Preparation of a safe and efficient antirabic vaccine - Number 44
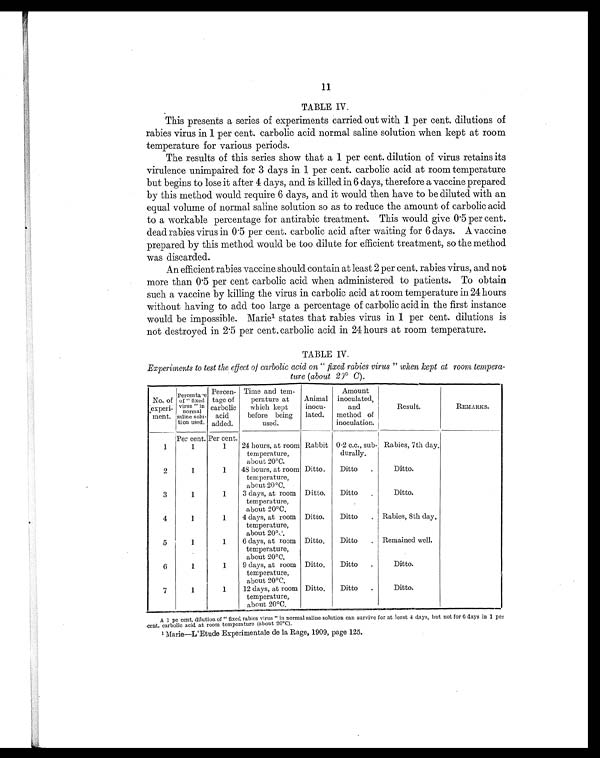
11
TABLE IV.
This presents a series of experiments carried out with 1 per cent. dilutions of
rabies virus in 1 per cent. carbolic acid normal saline solution when kept at room
temperature for various periods.
The results of this series show that a 1 per cent. dilution of virus retains its
virulence unimpaired for 3 days in 1 per cent. carbolic acid at room temperature
but begins to lose it after 4 days, and is killed in 6 days, therefore a vaccine prepared
by this method would require 6 days, and it would then have to be diluted with an
equal volume of normal saline solution so as to reduce the amount of carbolic acid
to a workable percentage for antirabic treatment. This would give 0.5 per cent.
dead rabies virus in 0.5 per cent. carbolic acid after waiting for 6 days. A vaccine
prepared by this method would be too dilute for efficient treatment, so the method
was discarded.
An efficient rabies vaccine should contain at least 2 per cent. rabies virus, and not
more than 0.5 per cent carbolic acid when administered to patients. To obtain
such a vaccine by killing the virus in carbolic acid at room temperature in 24 hours
without having to add too large a percentage of carbolic acid in the first instance
would be impossible. Marie1 s t a t e s t h a t r a b i e s v i r u s i n 1 p e r c e n t . d i l u t i o n s i s
not destroyed in 2.5 per cent. carbolic acid in 24 hours at room temperature.
TABLE IV.
Experiments to test the effect of carbolic acid on " fixed rabies virus " when kept at room tempera-
ture (about 20° C).
No. of
experi-
ment.
Percentage
of " fixed
virus " in
n o r m a l s a l i n e s o l u -
tion used.
Percen-
tage of
carbolic
acid
added.
Time and tem-
perature at
which kept
before being
used.
Animal
inocu-
lated.
Amount
inoculated,
and
method of
inoculation.
Result.
REMARKS.
Per cent. Per cent.
1
1
1
24 hours, at room
temperature,
about 20°C.
Rabbit 0.2 c.c., sub-
durally.
Rabies, 7th day.
2
1
1
48 hours, at room
temperature,
about 20°C.
Ditto.
Ditto .
Ditto.
3
1
1
3 days, at room
temperature,
about 20°C.
Ditto. Ditto .
Ditto.
4
1
1
4 days, at room
temperature,
about 20°C.
Ditto.
Ditto . Rabies, 8th day.
5
1
1
6 days, at room
temperature,
about 20°C.
Ditto.
Ditto . Remained well.
6
1
1
9 days, at room
temperature,
about 20°C.
Ditto.
Ditto .
Ditto.
7
1
1
12 days, at room
temperature,
about 20°C.
Ditto.
Ditto .
Ditto.
A 1 pe cent. dilution of " fixed rabies virus " in normal saline solution can survive for at least 4 days, but not for 6 days in 1 per
cent. carbolic acid at room temperature (about 20°C).
1 Marie—L'Etude Experimentale de la Rage, 1909, page 125.